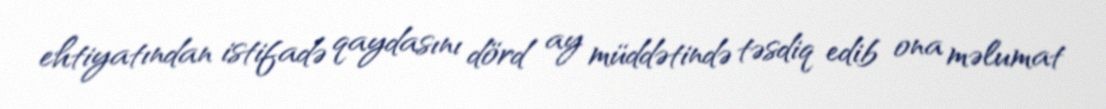
ehtiyatından istifadə qaydasını dörd ay müddətində təsdiq edib ona məlumat